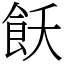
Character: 飫